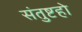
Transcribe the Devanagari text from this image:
संतुष्टहो